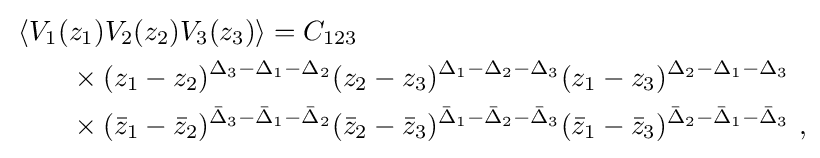
{\begin{aligned}&\left\langle V_{1}(z_{1})V_{2}(z_{2})V_{3}(z_{3})\right\rangle =C_{123}\\&\qquad \times (z_{1}-z_{2})^{\Delta _{3}-\Delta _{1}-\Delta _{2}}(z_{2}-z_{3})^{\Delta _{1}-\Delta _{2}-\Delta _{3}}(z_{1}-z_{3})^{\Delta _{2}-\Delta _{1}-\Delta _{3}}\\&\qquad \times ({\bar {z}}_{1}-{\bar {z}}_{2})^{{\bar {\Delta }}_{3}-{\bar {\Delta }}_{1}-{\bar {\Delta }}_{2}}({\bar {z}}_{2}-{\bar {z}}_{3})^{{\bar {\Delta }}_{1}-{\bar {\Delta }}_{2}-{\bar {\Delta }}_{3}}({\bar {z}}_{1}-{\bar {z}}_{3})^{{\bar {\Delta }}_{2}-{\bar {\Delta }}_{1}-{\bar {\Delta }}_{3}}\ ,\end{aligned}}